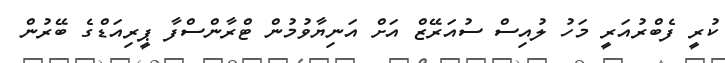
ކުރީ ފެބްރުއަރީ މަހު ލުއިސް ސުއަރޭޒް އަށް އަނިޔާވުމުން ޓްރާންސްފާ ޕީރިއަޑްގެ ބޭރުން